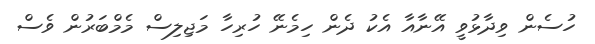
ހުސެން ވިދާޅުވީ އޭނާއާ އެކު ދެން ހިމެނޭ ހުރިހާ މަޖިލިސް މެމްބަރުން ވެސް